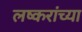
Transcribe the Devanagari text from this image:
लष्करांच्या